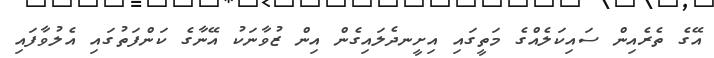
އޭގެ ތެރެއިން ސައިކަލެއްގެ މަތީގައި އިށީނދެލައިގެން އިން ޒުވާނަކު އޭނާގެ ކަންފަތުގައި އެލުވާފައި